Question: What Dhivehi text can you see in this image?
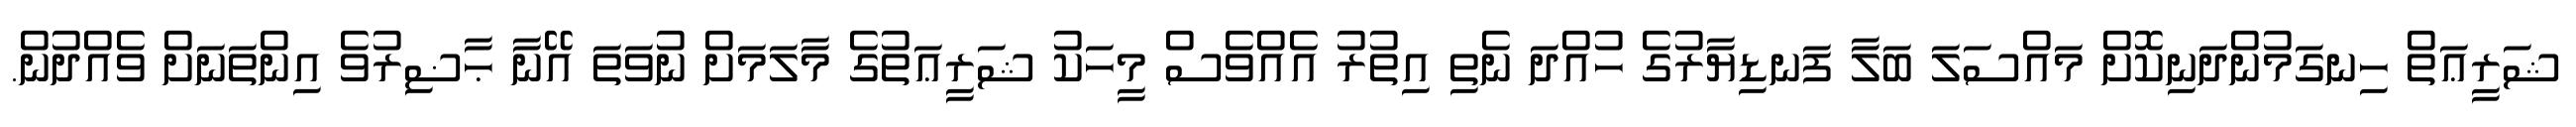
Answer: ޝަރީޢަތް ހިނގަމުންދަނިކޮށް މައްސަލަ ބަލާ ފަނޑިޔާރުގެ ހުއްދަ ނެތި އިތުރު އެއްވެސް މީހަކު ޝަރީޢަތުގެ މާލަމަށް ނުވަތަ އޭނާ ޙާޟިރުވެ އިންތަނަށް ވެއްދުން.